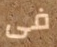
فى